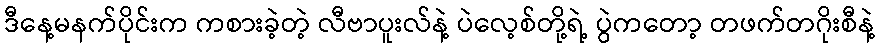
ဒီနေ့မနက်ပိုင်းက ကစားခဲ့တဲ့ လီဗာပူးလ်နဲ့ ပဲလေ့စ်တို့ရဲ့ ပွဲကတော့ တဖက်တဂိုးစီနဲ့